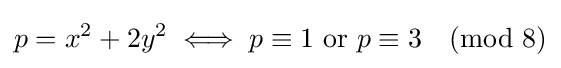
p=x^{2}+2y^{2}\iff p\equiv 1{\mbox{ or }}p\equiv 3{\pmod {8}}